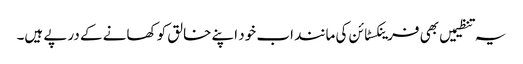
یہ تنظیمیں بھی فرینکسٹائن کی مانند اب خود اپنے خالق کو کھانے کے درپے ہیں۔